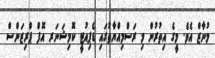
މުނާޒް އެވެ. މީގެ އިތުރުން މި ރަސްމިއްޔާތުުގައި ޑެޕިއުުޓީ ކޮމިޝަނަރ އޮފް ޕްރިޒަންސް